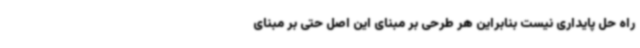
راه حل پایداری نیست بنابراین هر طرحی بر مبنای این اصل حتی بر مبنای